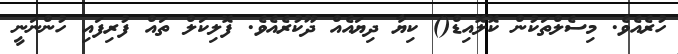
ހުރެއެވެ. މިސެލްތަކުން ކޮލޮއިޑް() ކިޔާ ދިޔައެއް ދޫކުރެއެވެ. ފޮލިކަލް ތައް ފުރިފައި ހުންނަނީ